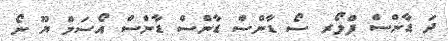
ދަ ޑާންސް ފްލޯރ ސޯ ޑާންސް ޑާންސް ޑާންސް އޯސަމް ޔޫ ނޯ